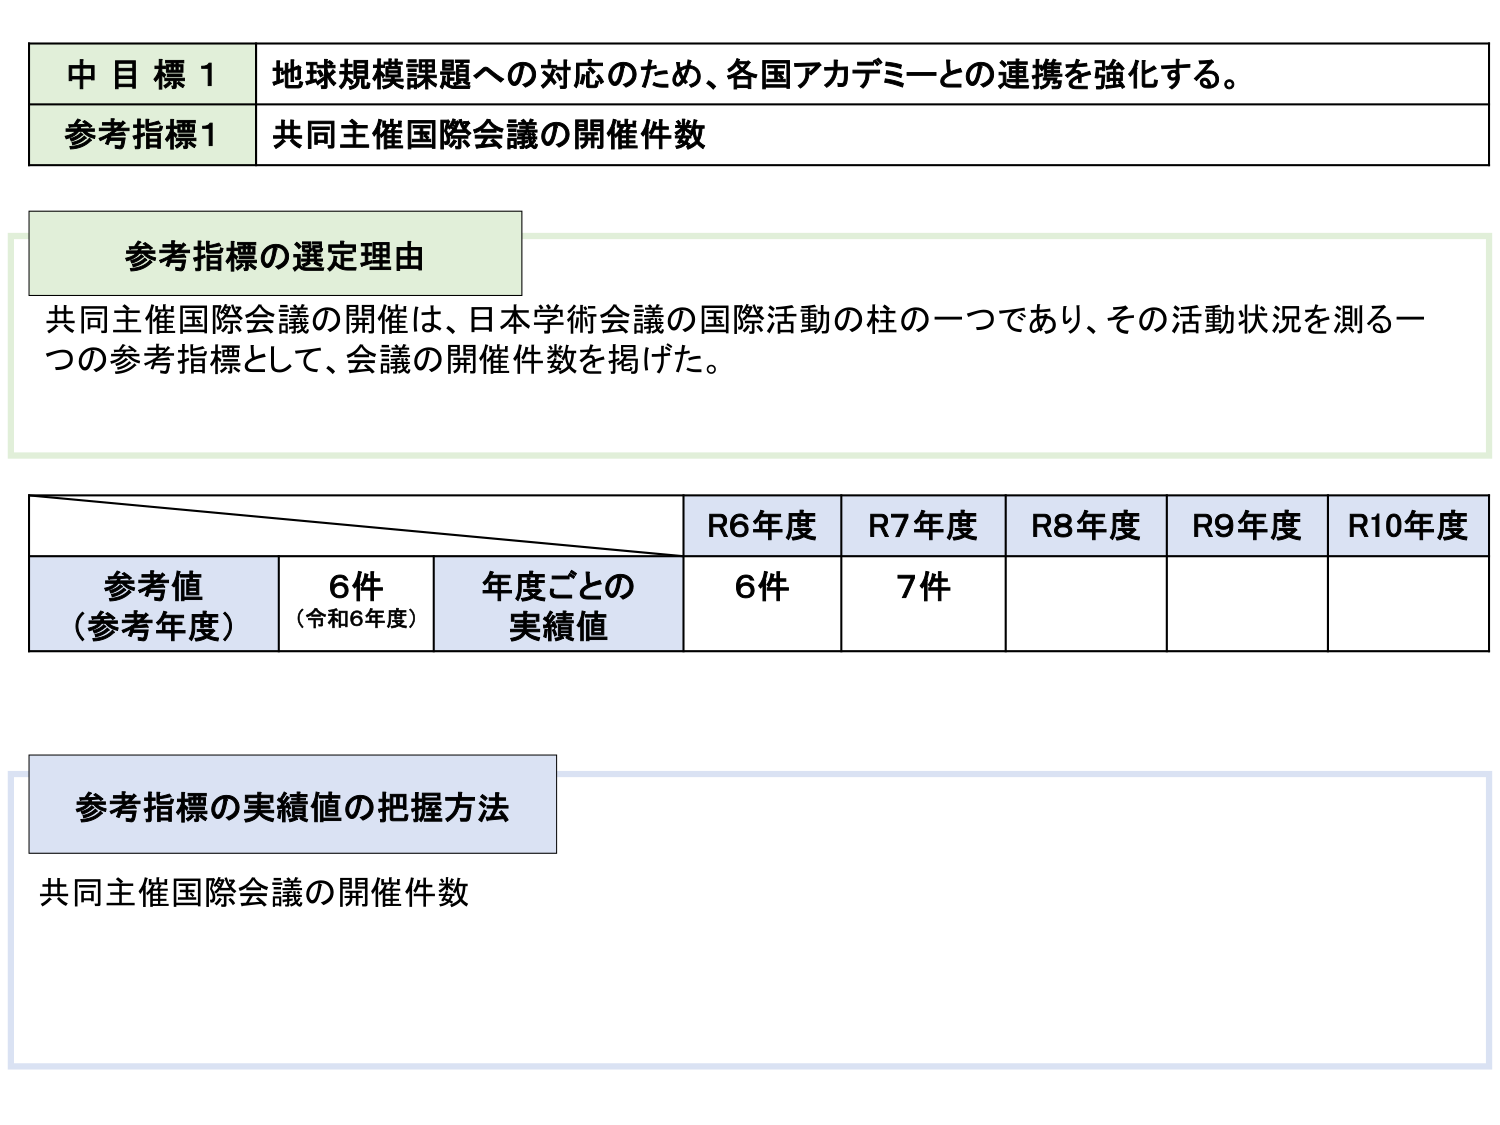
中目標1 地球規模課題への対応のため、各国アカデミーとの連携を強化する。
参考指標1 共同主催国際会議の開催件数

参考指標の選定理由
共同主催国際会議の開催は、日本学術会議の国際活動の柱の一つであり、その活動状況を測る一つの参考指標として、会議の開催件数を掲げた。

R6年度 R7年度 R8年度 R9年度 R10年度
参考値（参考年度） 6件（令和6年度） 年度ごとの実績値 6件 7件

参考指標の実績値の把握方法
共同主催国際会議の開催件数